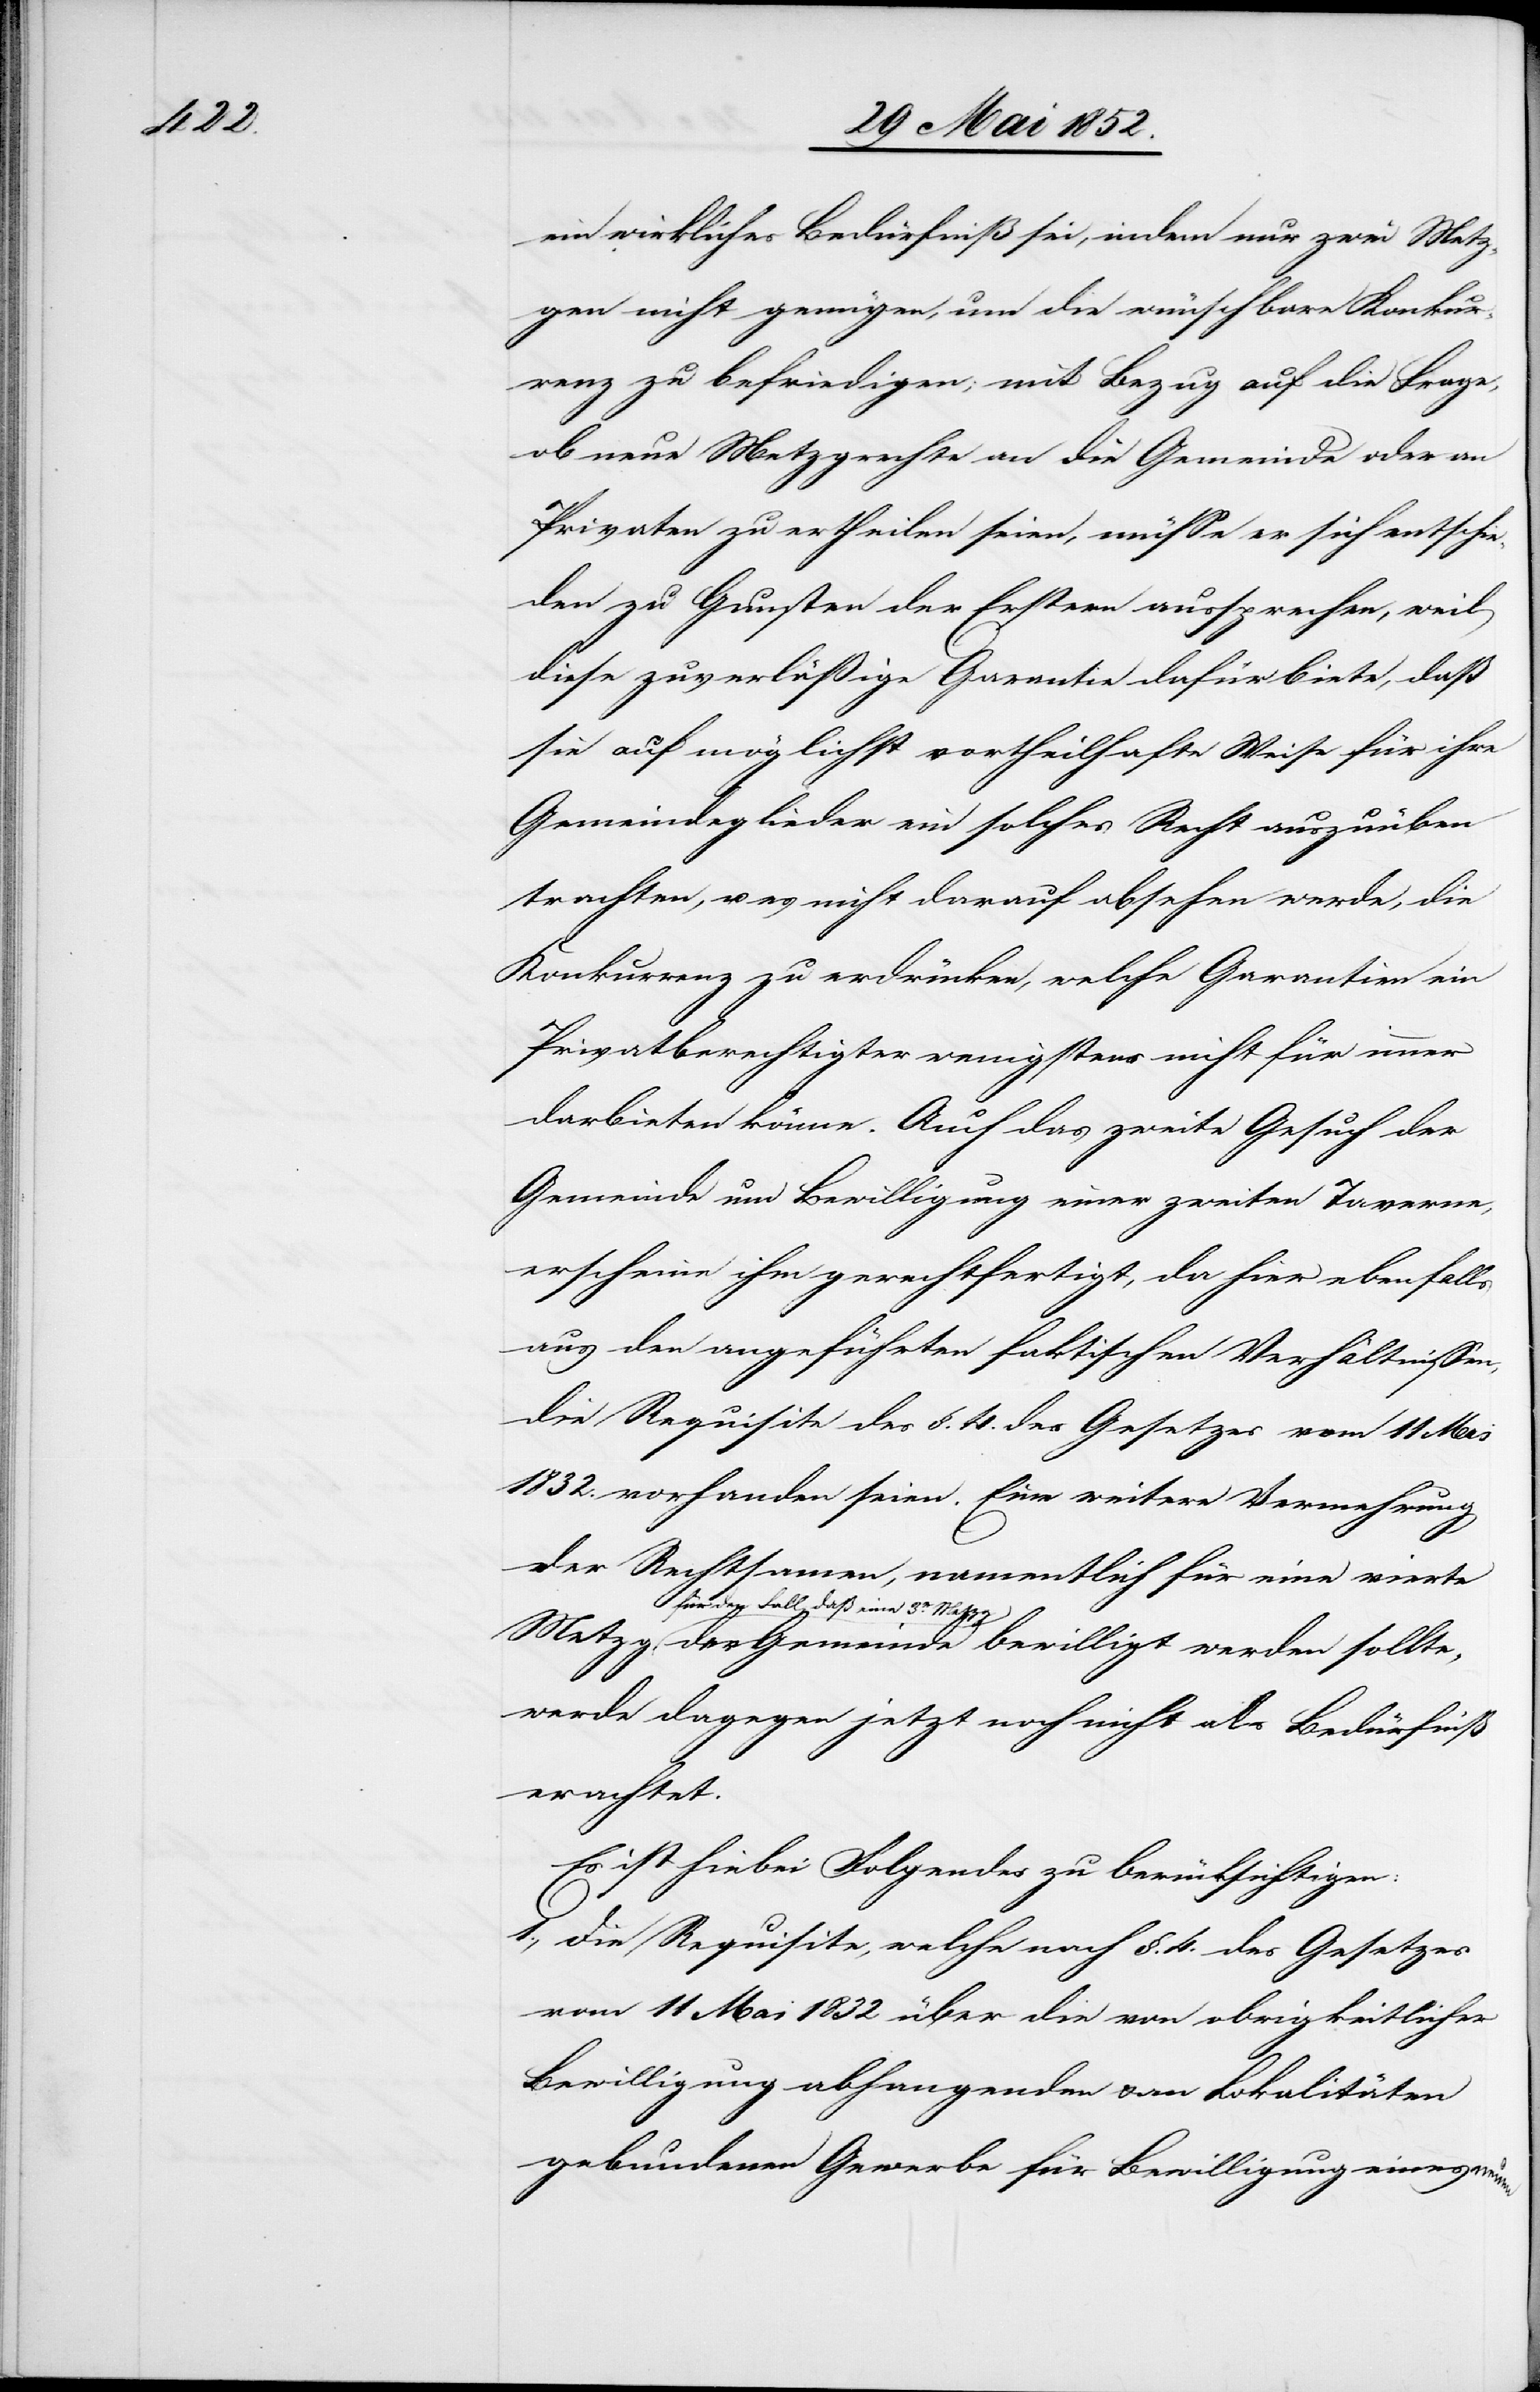
ein wirkliches Bedürfniß sei, indem nur zwei Metz¬
gen nicht genügen, um die wünschbare Konkur¬
renz zu befriedigen; mit Bezug auf die Frage,
ob neue Metzgrechte an die Gemeinde oder an
Privaten zu ertheilen seien, müsse er sich entschie¬
den zu Gunsten der Erstern aussprechen, weil
diese zuverläßige Garantie dafür biete, daß
sie auf möglichst vortheilhafte Weise für ihre
Gemeindeglieder ein solches Recht auszuüben
trachten, u. es nicht darauf absehen werde, die
Konkurrenz zu erdrücken, welche Garantien ein
Privatberechtigter wenigstens nicht für immer
darbieten könne. Auch das zweite Gesuch der
Gemeinde um Bewilligung einer zweiten Taverne,
erscheine ihm gerechtfertigt, da hier ebenfalls
aus den angeführten faktischen Verhältnissen,
die Requisite des §. 4. des Gesetzes vom 11 Mai
1832. vorhanden seien. Eine weitere Vermehrung
der Rechtsamen, namentlich für eine vierte
für den Fall, daß eine 3e.
Metzg der Gemeinde bewilligt werden sollte,
werde dagegen jetzt noch nicht als Bedürfniß
erachtet.
Es ist hiebei Folgendes zu berücksichtigen:
Die Requisite, welche nach §. 4. des Gesetzes
vom 11 Mai 1832 über die von obrigkeitlicher
Bewilligung abhangenden & an Lokalitäten
gebundenen Gewerbe für Bewilligung eines neuen